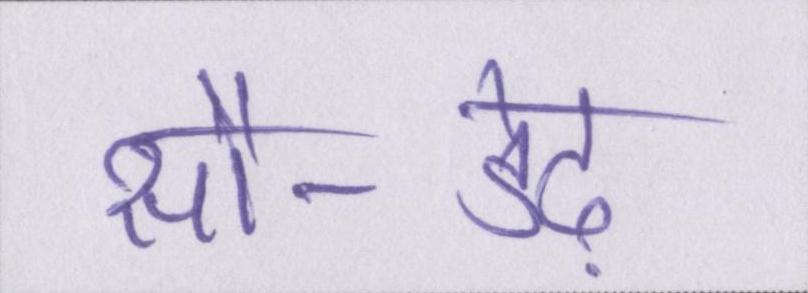
सौ-डेढ़